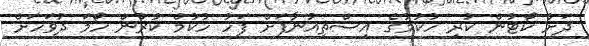
ދަށު ކޯޓުން ކުރި ހުކުމުގެ އިސްތިއުނާފަށް ފަހު ހުކުމް ކުރުން ހޯމަ ދުވަހަށް